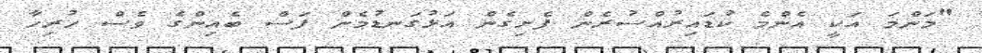
"މަންމަ އަކީ އެންމެ ކުޑައިރުއްސުރެން ފެށިގެން އަޅުގަނޑުމެން ފަސް ބެއިންގެ ވެސް ހުރިހާ